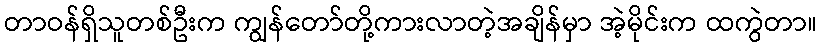
တာဝန်ရှိသူတစ်ဦးက ကျွန်တော်တို့ကားလာတဲ့အချိန်မှာ အဲ့မိုင်းက ထကွဲတာ။